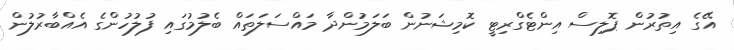
އޭގެ އިތުރުން ޕޮލިސް އިންޓެގްރިޓީ ކޮމިިޝަނުން ބަލަމުންދާ މައްސަލަތައް ބެލުމުގައި ފުލުހުންގެ އެއްބާރުލުން